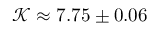
\mathcal { K } \approx 7 . 7 5 \pm 0 . 0 6